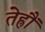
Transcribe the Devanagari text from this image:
तेह्रौं